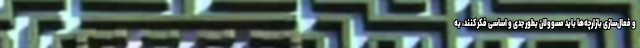
و فعال‌سازی بازارچه‌ها باید مسوولان بطور جدی و اساسی فکر کنند، به